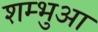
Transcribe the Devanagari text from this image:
शम्भुआ